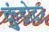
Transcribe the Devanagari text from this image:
कुंडोदर